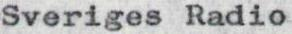
Sveriges Radio